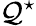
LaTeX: \mathcal{Q}^{\star}